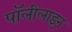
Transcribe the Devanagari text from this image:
पॉलीलाइन